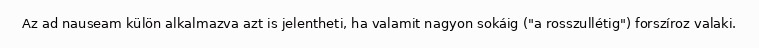
Az ad nauseam külön alkalmazva azt is jelentheti, ha valamit nagyon sokáig ("a rosszullétig") forszíroz valaki.